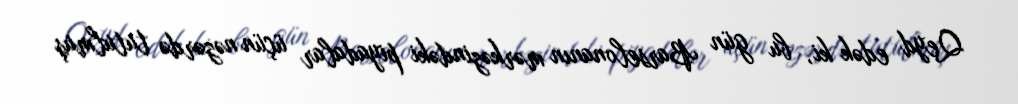
Qeyd edək ki, bu gün Barselonanın mərkəzindəki piyadalar üçün nəzərdə tutulmuş